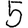
Digit: 5